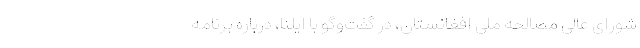
شورای عالی مصالحه ملی افغانستان، در گفت‌وگو با ایلنا، درباره برنامه